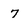
Character: 7